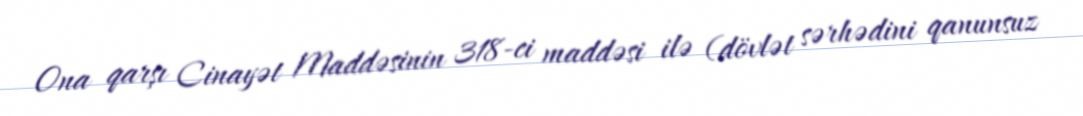
Ona qarşı Cinayət Maddəsinin 318-ci maddəsi ilə (dövlət sərhədini qanunsuz